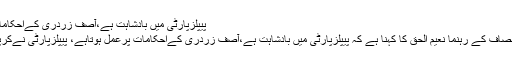
پیپلزپارٹی میں بادشاہت ہے،آصف زردری کےاحکامات پرعمل ہوتاہے، نعیم الحق
اسلام آباد : پاکستان تحریک انصاف کے رہنما نعیم الحق کا کہنا ہے کہ پیپلزپارٹی میں بادشاہت ہے،آصف زردری کےاحکامات پرعمل ہوتاہے، پیپلزپارٹی نےکرپشن کےریکارڈتوڑدیئے ہیں۔